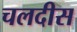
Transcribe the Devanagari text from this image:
चलदीस